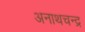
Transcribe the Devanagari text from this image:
अनाथचन्द्र